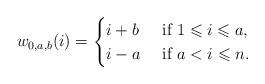
LaTeX: \begin{align*}w_{0,a,b}(i)=\begin{cases}i+b & \mbox{ if } 1\leqslant i\leqslant a,\\i-a & \mbox{ if } a< i\leqslant n.\end{cases}\end{align*}